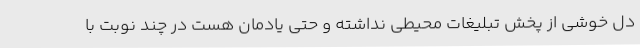
دل خوشی از پخش تبلیغات محیطی نداشته و حتی یادمان هست در چند نوبت با